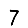
Digit: 7